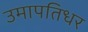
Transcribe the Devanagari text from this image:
उमापतिधर